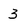
Character: 3